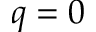
q = 0